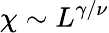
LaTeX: \chi\sim L^{\gamma/\nu}